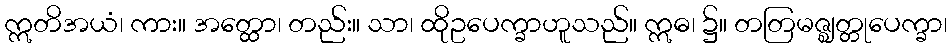
ဣတိအယံ၊ ကား။ အတ္ထော၊ တည်း။ သာ၊ ထိုဥပေက္ခာဟူသည်။ ဣဓ၊ ၌။ တတြမဇ္ဈတ္တုပေက္ခာ၊